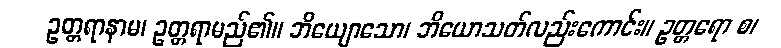
ဥတ္တရာနာမ၊ ဥတ္တရာမည်၏။ ဘိယျောသော၊ ဘိယောသတ်လည်းကောင်း။ ဥတ္တရော စ၊